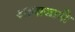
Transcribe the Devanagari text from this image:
आवाजानी